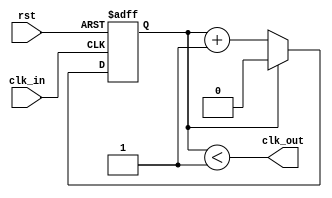
// Divides a clock signal, approximating ~50% duty cycle
module clk_div #(
    // The divisor for the input clock
    parameter DIVISOR = 'd2
)
(
    // Reset (starts the cycle again, initially high)
    input wire rst,
    // Input clock (not divided yet)
    input wire clk_in,
    // Output clock (divided)
    output wire clk_out
);

// Counts number of input clocks
reg [$clog2(DIVISOR)-1:0] counter;

// Clock should be high if counter is < 50%
assign clk_out = counter < (DIVISOR >> 1);

always @(posedge rst or posedge clk_in) begin: clk_div_block
    if (rst) begin
        // Zero counter if resetting
        counter <= 0;
    end else if (counter == (DIVISOR - 1)) begin
        // Zero counter if wrapping round
        counter <= 0;
    end else begin
        // Increment counter
        counter <= counter + 1'b1;
    end
end

endmodule